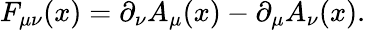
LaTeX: F_{\mu\nu}(x)=\partial_{\nu}A_{\mu}(x)-\partial_{\mu}A_{\nu}(x).